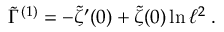
\tilde { \Gamma } ^ { ( 1 ) } = - \tilde { \zeta } ^ { \prime } ( 0 ) + \tilde { \zeta } ( 0 ) \ln \ell ^ { 2 } \; .